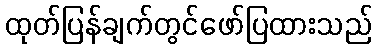
ထုတ်ပြန်ချက်တွင်ဖော်ပြထားသည်